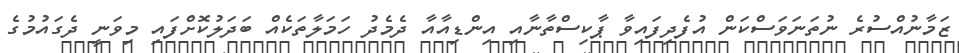
ޒަމާނުއްސުރެ ނުތަނަވަސްކަން އުފެދިފައިވާ ޕާކިސްތާނާއި އިންޑިއާއާ ދެމެދު ހަމަލާތަކެއް ބަދަލުކޮށްފައި މިވަނީ ދެގައުމުގެ